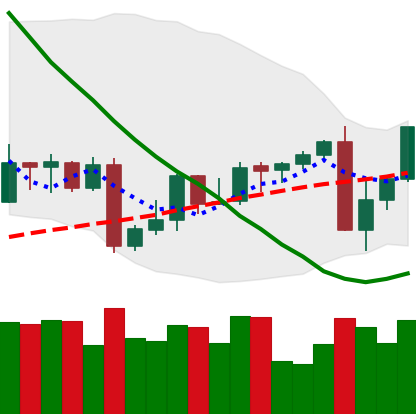
Ticker: XMR-USD
Chart end date: 2022-09-09
Forward return: -6.209%
Label: down_5_7